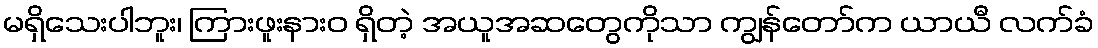
မရှိသေးပါဘူး၊ ကြားဖူးနားဝ ရှိတဲ့ အယူအဆတွေကိုသာ ကျွန်တော်က ယာယီ လက်ခံ